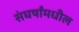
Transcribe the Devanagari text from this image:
संघर्षांमधील